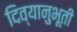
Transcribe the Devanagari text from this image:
दिव्यानुभूती